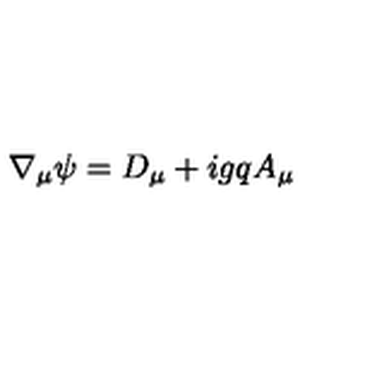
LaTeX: \nabla _ { \mu } \psi = D _ { \mu } + i g q A _ { \mu }